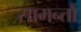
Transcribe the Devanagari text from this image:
सामन्तौं